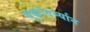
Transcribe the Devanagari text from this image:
युद्धांदर्म्यान